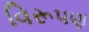
વિરૂપણ